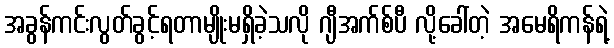
အခွန်ကင်းလွတ်ခွင့်ရတာမျိုးမရှိခဲ့သလို ဂျီအက်စ်ပီ လို့ခေါ်တဲ့ အမေရိကန်ရဲ့